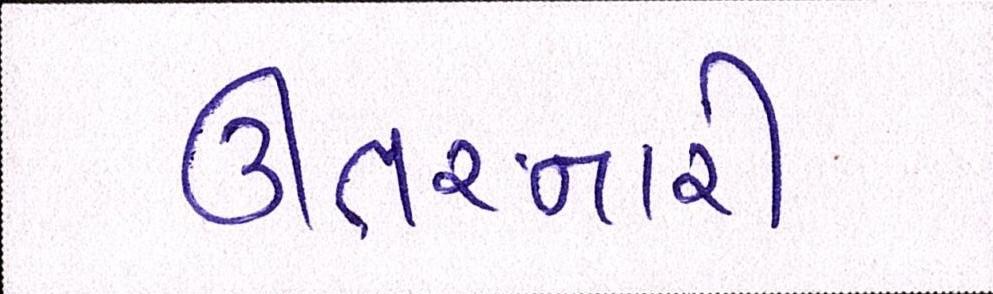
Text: ઊતરનારી